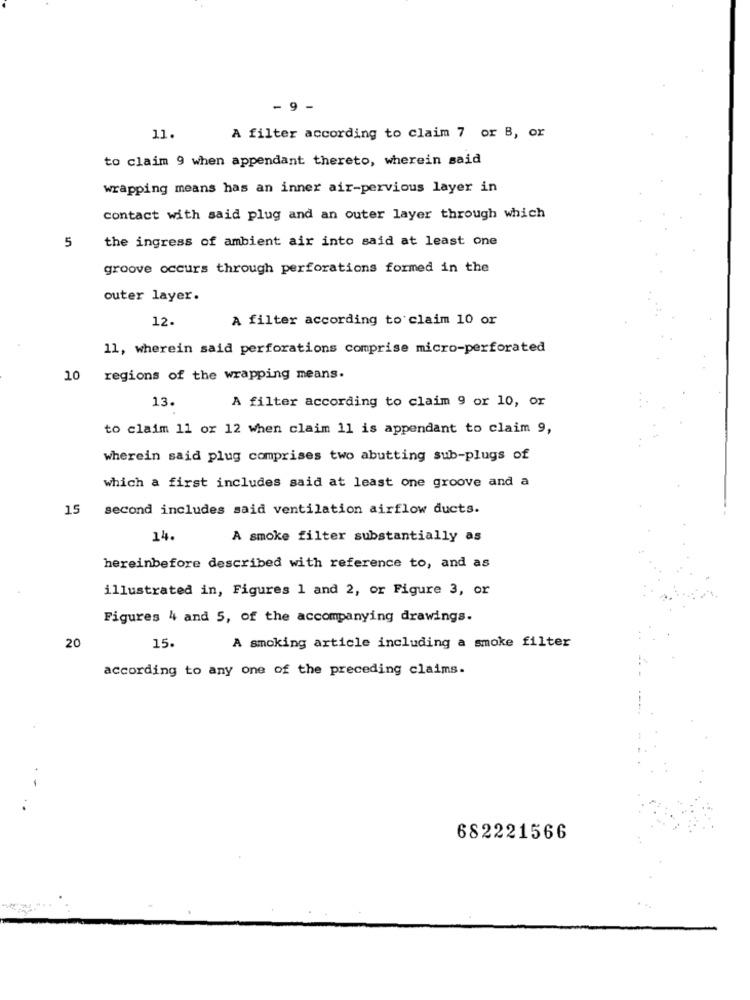
9 -
11.
A filter according to claim 7 or B, or
to claim 9 when appendant thereto, wherein said
wrapping means has an inner air-pervious layer in
contact with said plug and an outer layer through which
the ingress of ambient air into said at least one
5
groove occurs through perforations formed in the
outer layer.
12.
A filter according to claim 10 or
11, wherein said perforations comprise micro-perforated
10
regions of the wrapping means.
13.
A filter according to claim 9 or 10, or
to claim 11 or 12 when claim 11 is appendant to claim 9,
wherein said plug comprises two abutting sub-plugs of
which a first includes said at least one groove and a
15
second includes said ventilation airflow ducts.
14.
A smoke filter substantially as
hereinbefore described with reference to, and as
illustrated in, Figures 1 and 2, or Figure 3, or
Figures 4 and 5, of the accompanying drawings.
20
15.
A smoking article including a smoke filter
according to any one of the preceding claims.
682221566